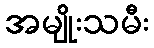
အမျိုးသမီး